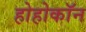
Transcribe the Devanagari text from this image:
होहोकॉन